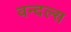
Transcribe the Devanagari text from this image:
वन्दल्स